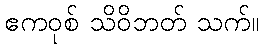
ဧကဝုစ် သိဝိဘတ် သက်။